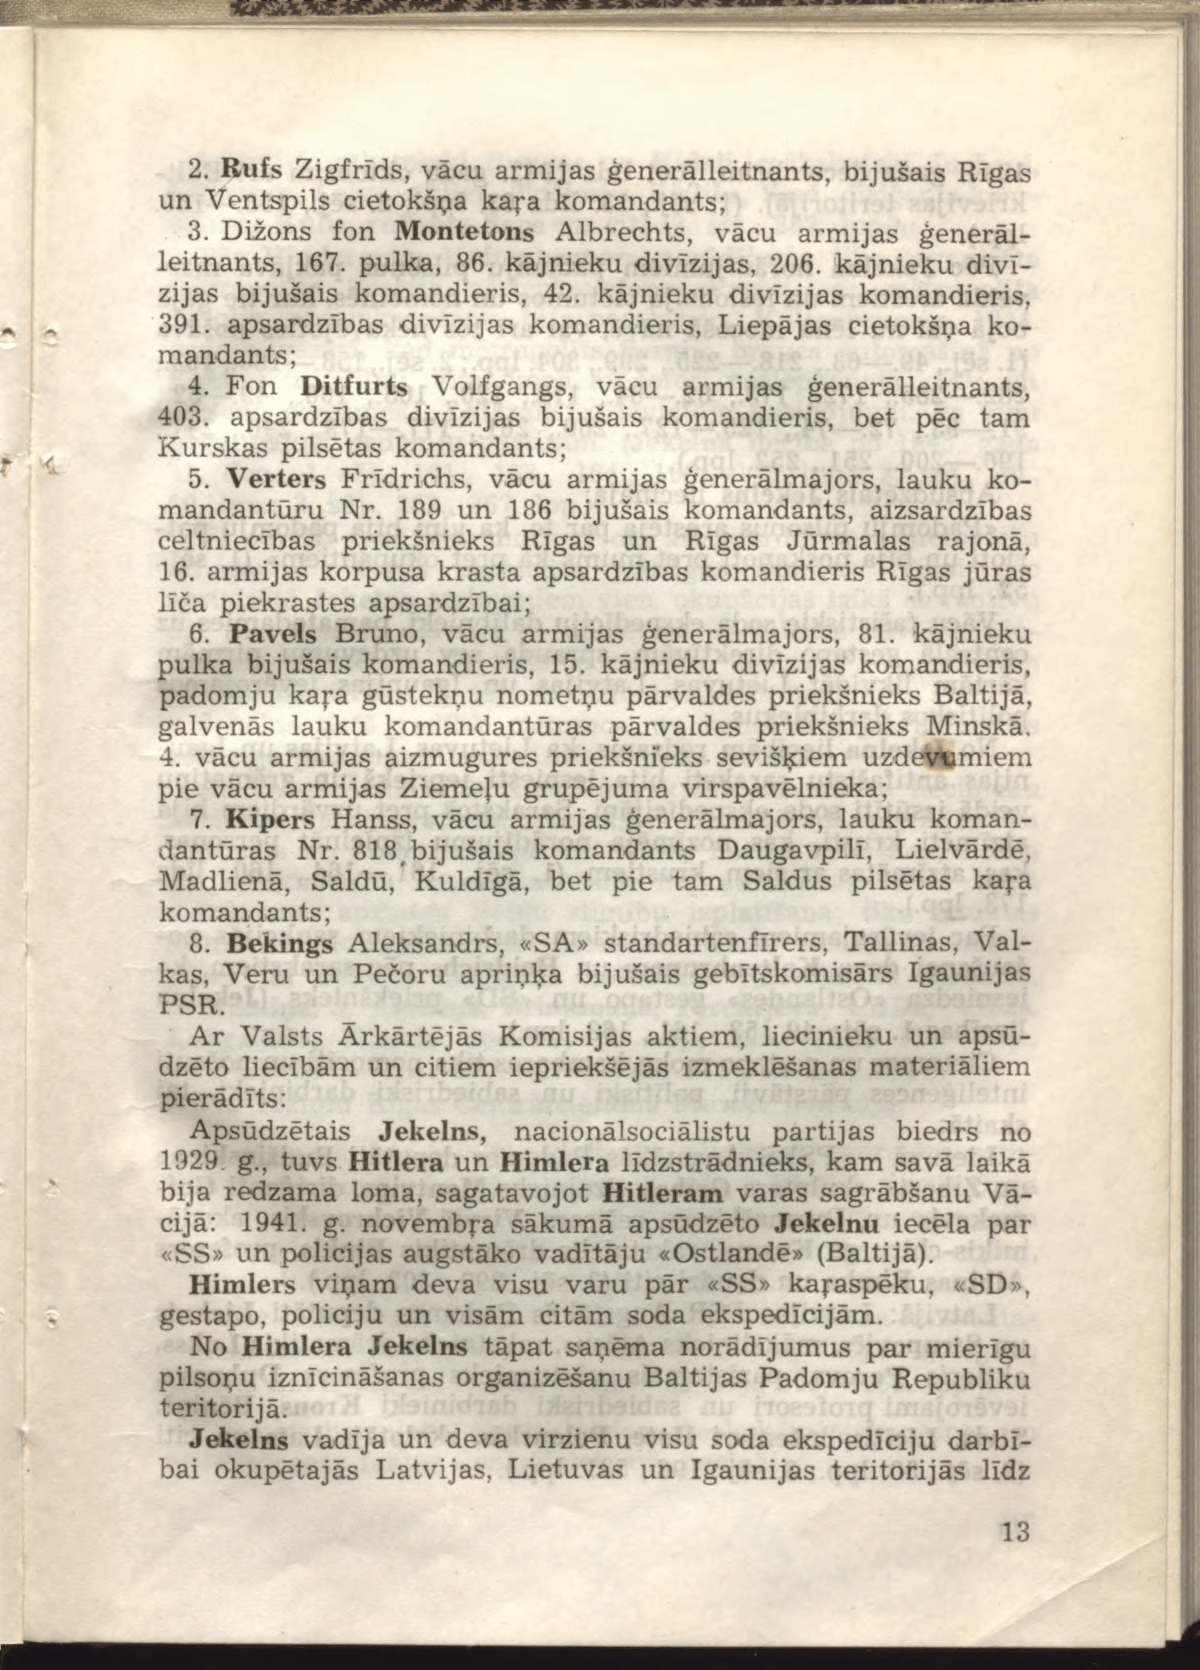
Language: lv